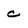
Character: c